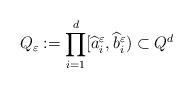
LaTeX: \begin{align*} Q_\varepsilon:=\prod\limits_{i=1}^d [\widehat a_i^\varepsilon, \widehat b_i^\varepsilon)\subset Q^d\end{align*}